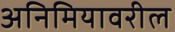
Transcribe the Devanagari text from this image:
अनिमियावरील